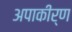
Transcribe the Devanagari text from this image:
अपाकीर्ण